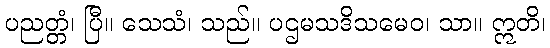
ပညတ္တံ၊ ပြီ။ သေသံ၊ သည်။ ပဌမသဒိသမေဝ၊ သာ။ ဣတိ၊